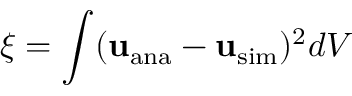
\displaystyle \xi = \int ( \mathbf { u } _ { \mathrm { a n a } } - \mathbf { u } _ { \mathrm { s i m } } ) ^ { 2 } d V